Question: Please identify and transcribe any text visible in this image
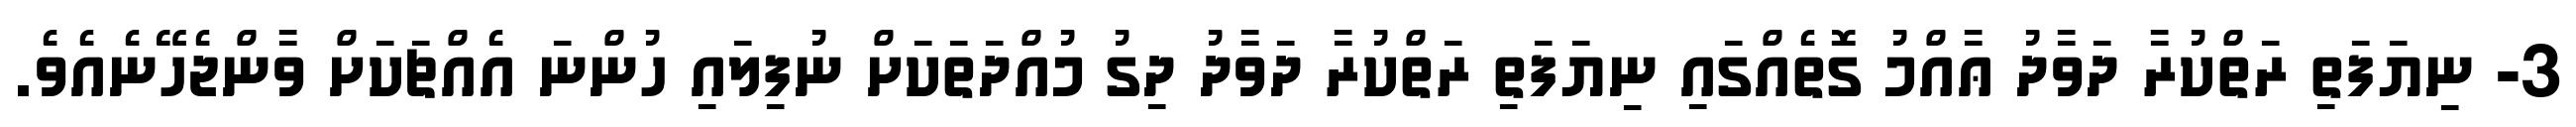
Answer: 3- ނިޔަފަތި ރަތްކުރާ ދަވާދު ޢާއްމު ގޮތެއްގައި ނިޔަފަތި ރަތްކުރާ ދަވާދު ދިގު މުއްދަތަކަށް ނުފިލައި ހުންނަ އެއްޗަކަށް ވާންޖެހޭނެއެވެ.